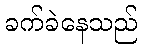
ခက်ခဲနေသည်